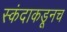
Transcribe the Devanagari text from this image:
स्कंदाकडूनच